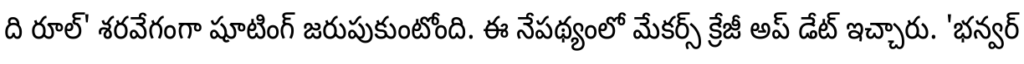
ది రూల్' శరవేగంగా షూటింగ్ జరుపుకుంటోంది. ఈ నేపథ్యంలో మేకర్స్ క్రేజీ అప్ డేట్ ఇచ్చారు. 'భన్వర్